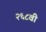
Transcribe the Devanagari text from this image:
२६८वी